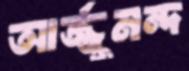
আর্জ্জুমন্দ